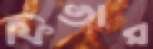
ফিভার